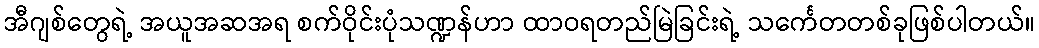
အီဂျစ်တွေရဲ့ အယူအဆအရ စက်ဝိုင်းပုံသဏ္ဍန်ဟာ ထာဝရတည်မြဲခြင်းရဲ့ သင်္ကေတတစ်ခုဖြစ်ပါတယ်။